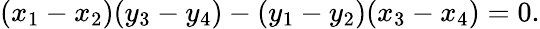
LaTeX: (x_{1}-x_{2})(y_{3}-y_{4})-(y_{1}-y_{2})(x_{3}-x_{4})=0.